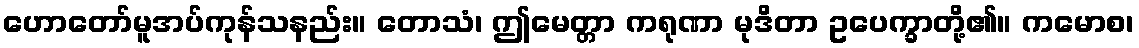
ဟောတော်မူအပ်ကုန်သနည်း။ တောသံ၊ ဤမေတ္တာ ကရုဏာ မုဒိတာ ဥပေက္ခာတို့၏။ ကမောစ၊